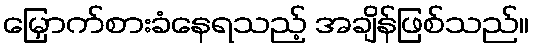
မြှောက်စားခံနေရသည့် အချိန်ဖြစ်သည်။